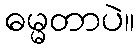
ဓမ္မတာပဲ။